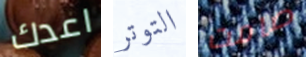
اعدك التوتر صامت